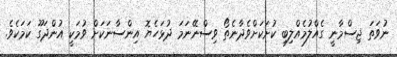
ނުވަތަ ޖިސްމާނީ ގެއްލުމެއްލިބި ކުށަަކަށްވެދާނެތޯ ވިސްނޭނަމަ ދުޅަހެޔޮ އިންސާނަކަށް ވުމަކީ އުންދަގޫ ކަމަކެވެ.